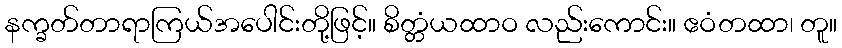
နက္ခတ်တာရာကြယ်အပေါင်းတို့ဖြင့်။ စိတ္တံယထာဝ လည်းကောင်း။ ဧဝံတထာ၊ တူ။